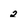
Character: 2